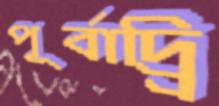
পূর্বাদ্র্রি